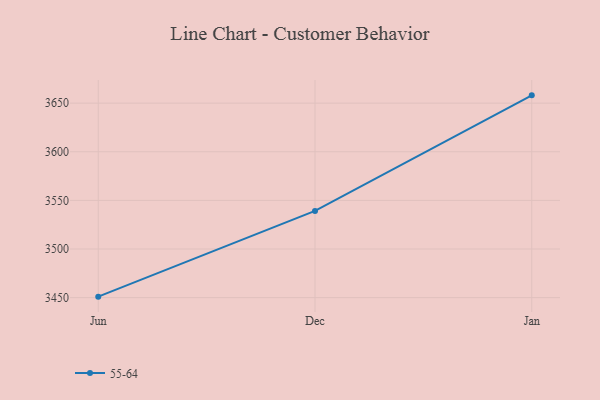
{"axis": {"x": "Month", "y": "Shipments"}, "legend": ["55-64"], "data": [{"x": "Jun", "y": 3451.0, "type": "55-64"}, {"x": "Dec", "y": 3539.2, "type": "55-64"}, {"x": "Jan", "y": 3658.0, "type": "55-64"}]}